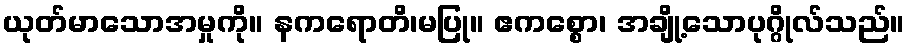
ယုတ်မာသောအမှုကို။ နကရောတိ၊မပြု။ ဧကစ္စော၊ အချို့သောပုဂ္ဂိုလ်သည်။